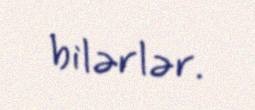
bilərlər.